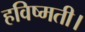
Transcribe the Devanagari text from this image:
हविष्मती।